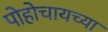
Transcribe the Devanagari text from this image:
पोहोचायच्या